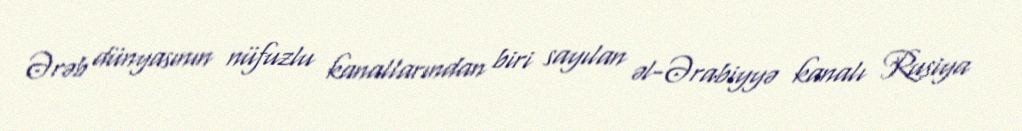
Ərəb dünyasının nüfuzlu kanallarından biri sayılan əl-Ərabiyyə kanalı Rusiya